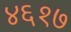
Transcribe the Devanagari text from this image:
४६१७